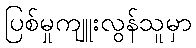
ပြစ်မှုကျူးလွန်သူမှာ